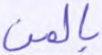
بالمن